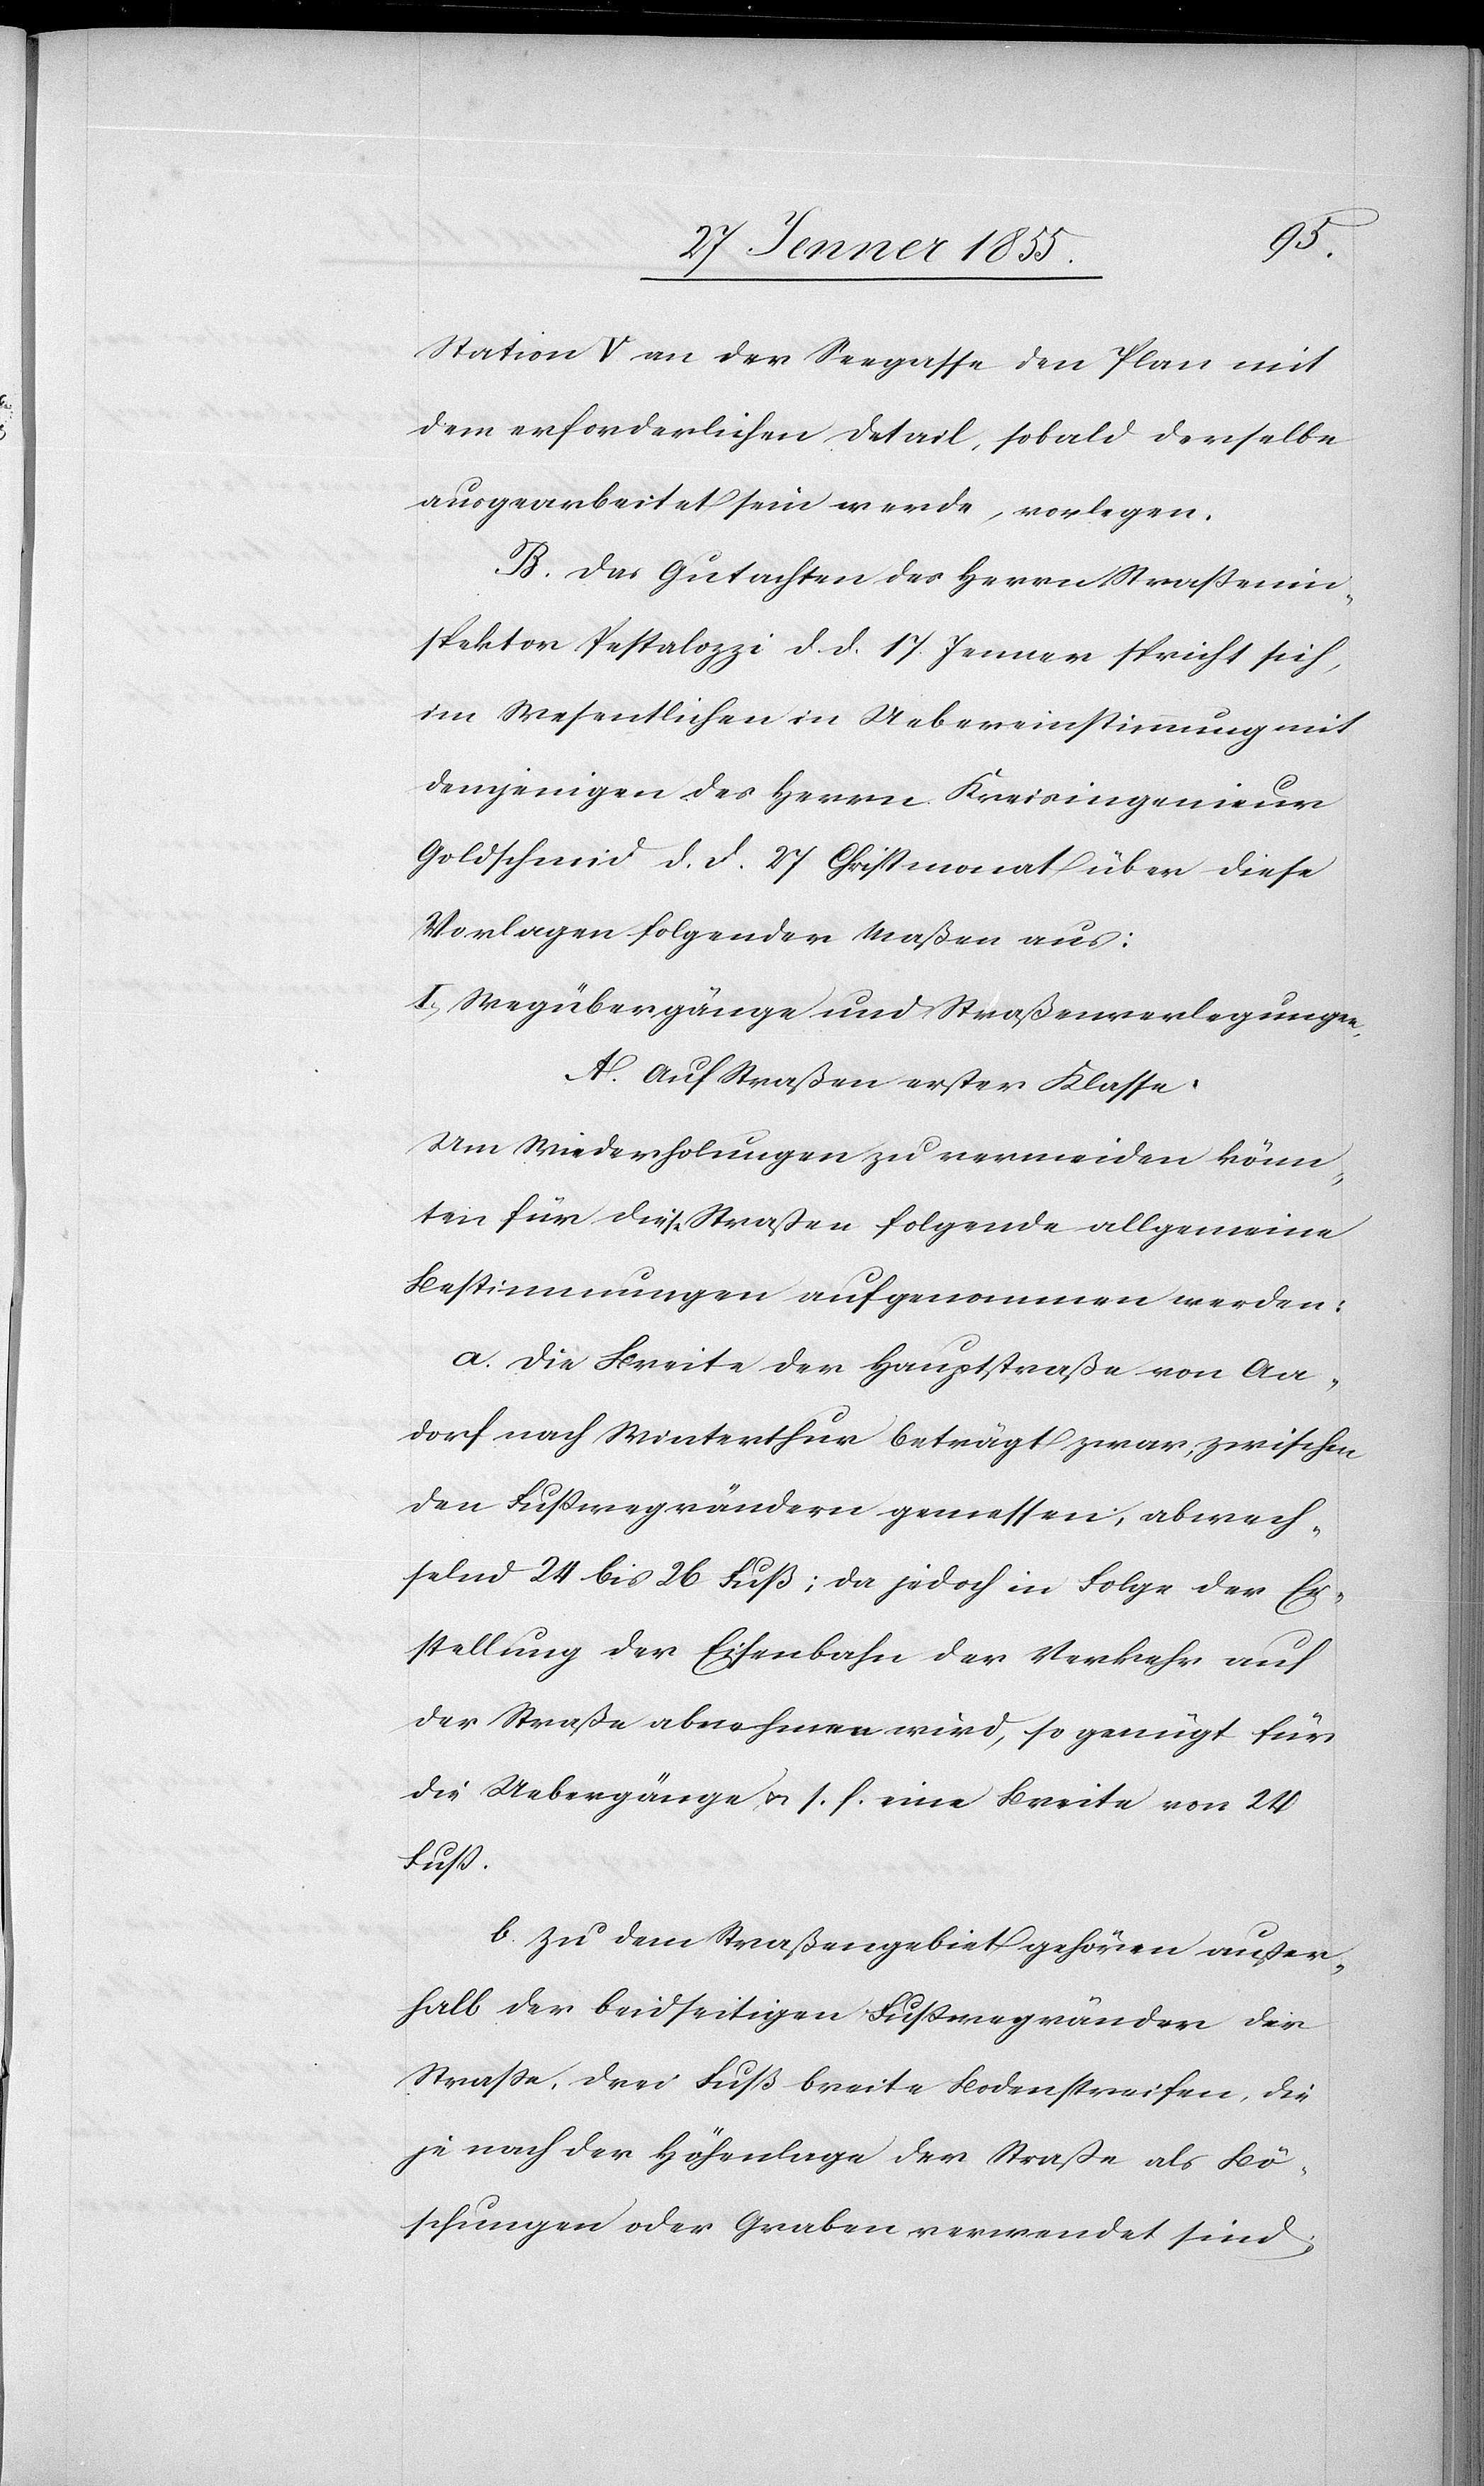
Station V an der Seegasse den Plan mit
dem erforderlichen Detail, sobald derselbe
ausgearbeitet sein werde, vorlegen.
B. Das Gutachten des Herrn Straßenin¬
spektor Pestalozzi d. d. 17 Jenner spricht sich,
im Wesentlichen in Uebereinstimmung mit
demjenigen des Herrn Kreisingenieur
Goldschmid d. d. 27 Christmonat über diese
Vorlagen folgender Maßen aus:
I, Wegübergänge und Straßenverlegungen.
A. Auf Straßen erster Klasse:
Um Wiederholungen zu vermeiden könn¬
ten für diese Straßen folgende allgemeine
Bestimmungen aufgenommen werden:
a. Die Breite der Hauptstraße von Aa¬
dorf nach Winterthur beträgt zwar, zwischen
den Fußwegrändern gemessen, abwech¬
selnd 24 bis 26 Fuß; da jedoch in Folge der Er¬
stellung der Eisenbahn der Verkehr auf
der Straße abnehmen wird, so genügt für
die Uebergänge u. s. f. eine Breite von 24
b. Zu dem Straßengebiet gehören außer¬
halb der beidseitigen Fußwegränder der
Straße, drei Fuß breite Bodenstreifen, die
je nach der Höhenlage der Straße als Bö¬
schungen oder Graben verwendet sind;